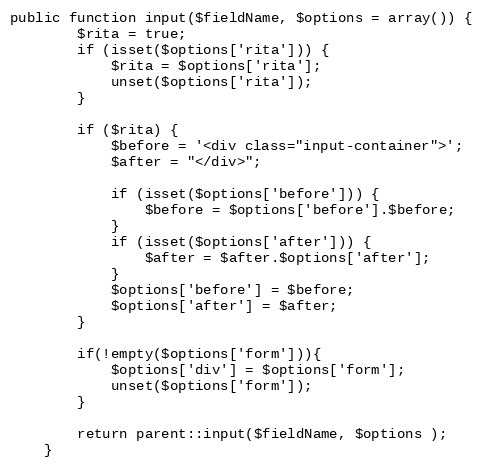
Language: PHP
public function input($fieldName, $options = array()) {
		$rita = true;
		if (isset($options['rita'])) {
			$rita = $options['rita'];
			unset($options['rita']);
		}

		if ($rita) {
			$before = '<div class="input-container">';
			$after = "</div>";

			if (isset($options['before'])) {
				$before = $options['before'].$before;
			}
			if (isset($options['after'])) {
				$after = $after.$options['after'];
			}
			$options['before'] = $before;
			$options['after'] = $after;
		}

		if(!empty($options['form'])){
			$options['div'] = $options['form'];
			unset($options['form']);
		}

		return parent::input($fieldName, $options );
	}